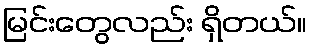
မြင်းတွေလည်း ရှိတယ်။